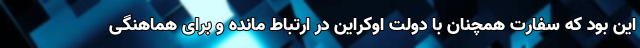
این بود که سفارت همچنان با دولت اوکراین در ارتباط مانده و برای هماهنگی